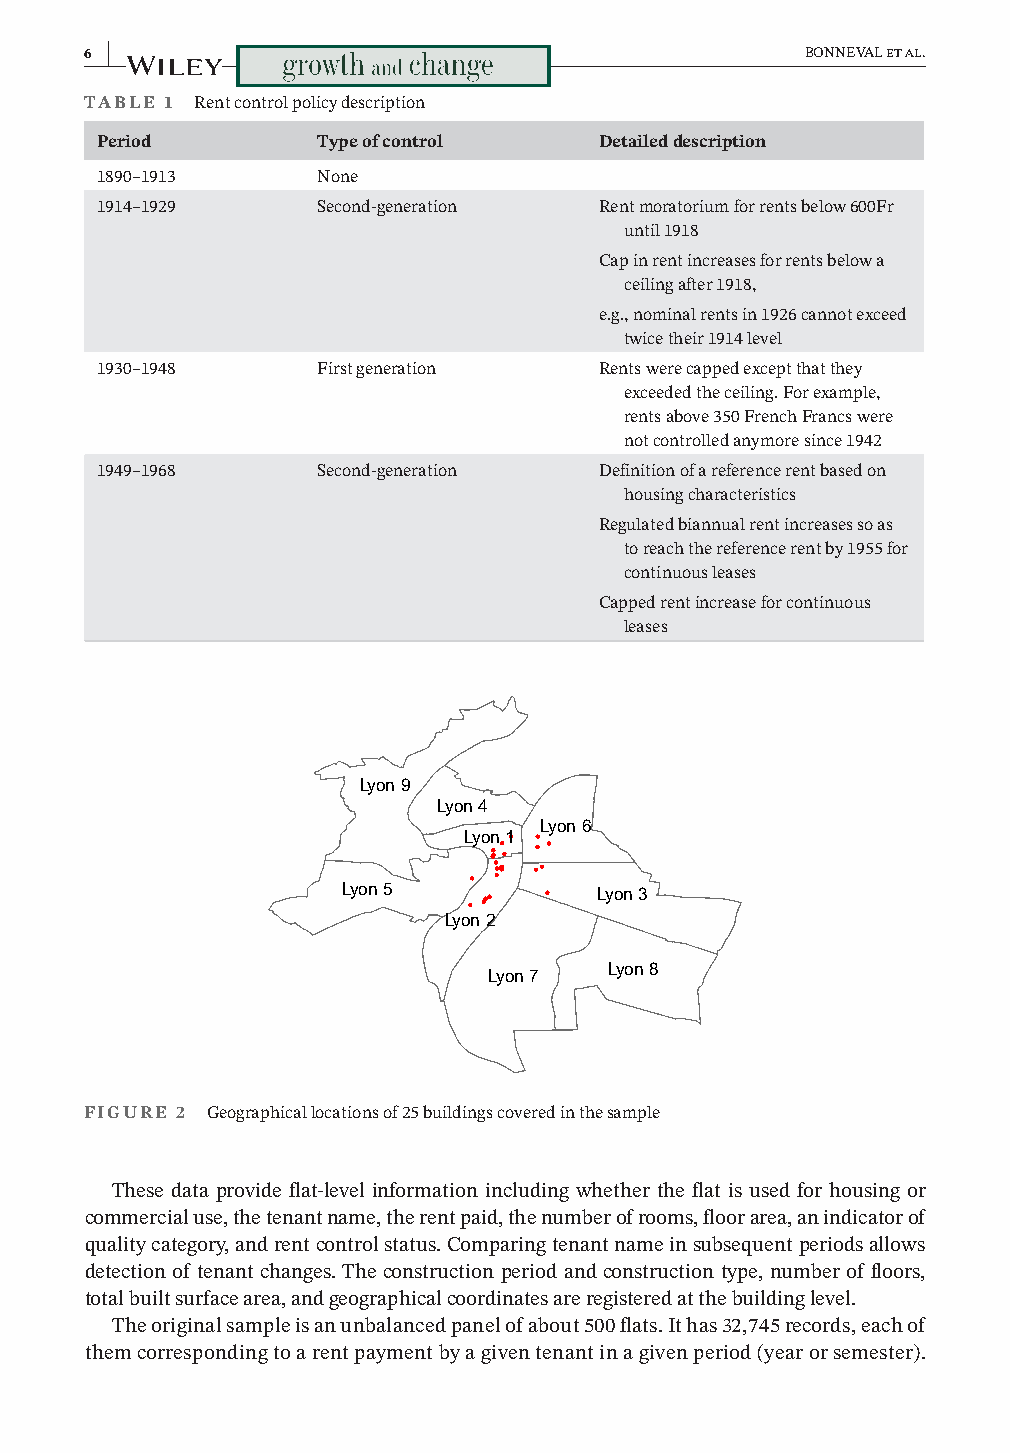
6 |                                            BONNEVAL et al.
 TABLE 1 Rent control policy description
 Period         Type of control    Detailed description
 1890– 1913     None
 1914– 1929     Second- generation Rent moratorium for rents below 600Fr
 until 1918
 Cap in rent increases for rents below a
 ceiling after 1918,
 e.g., nominal rents in 1926 cannot exceed
 twice their 1914 level
 1930– 1948     First generation   Rents were capped except that they
 exceeded the ceiling. For example,
 rents above 350 French Francs were
 not controlled anymore since 1942
 1949– 1968     Second- generation Definition of a reference rent based on
 housing characteristics
 Regulated biannual rent increases so as
 to reach the reference rent by 1955 for
 continuous leases
 Capped rent increase for continuous
 leases
 Lyon 9
 Lyon 4
 Lyon 6
 Lyon 1
 Lyon 5           Lyon 3
 Lyon 2
 Lyon 8
 Lyon 7
 FIGURE 2 Geographical locations of 25 buildings covered in the sample
 These data provide flat- level information including whether the flat is used for housing or
 commercial use, the tenant name, the rent paid, the number of rooms, floor area, an indicator of
 quality category, and rent control status. Comparing tenant name in subsequent periods allows
 detection of tenant changes. The construction period and construction type, number of floors,
 total built surface area, and geographical coordinates are registered at the building level.
 The original sample is an unbalanced panel of about 500 flats. It has 32,745 records, each of
 them corresponding to a rent payment by a given tenant in a given period (year or semester).